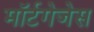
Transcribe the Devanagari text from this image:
मॉर्टगेजेस